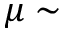
\mu \sim